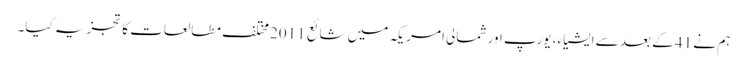
ہم نے 41 کے بعد سے ایشیاء ، یورپ اور شمالی امریکہ میں شائع 2011 مختلف مطالعات کا تجزیہ کیا۔